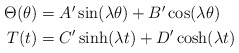
\begin{align*}\begin{aligned}\Theta(\theta)&=A' \sin(\lambda\theta)+B'\cos(\lambda\theta)\\T(t)&=C' \sinh(\lambda t)+D'\cosh(\lambda t)\\\end{aligned}\end{align*}